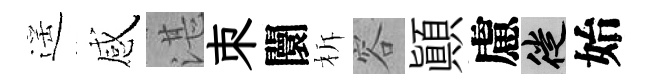
遥感湛朿闤柝容顚慮徙始